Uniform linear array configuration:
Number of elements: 12
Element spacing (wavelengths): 1
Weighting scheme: hamming
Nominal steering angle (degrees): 60
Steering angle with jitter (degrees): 59.629
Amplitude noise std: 0.05
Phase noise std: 0.05

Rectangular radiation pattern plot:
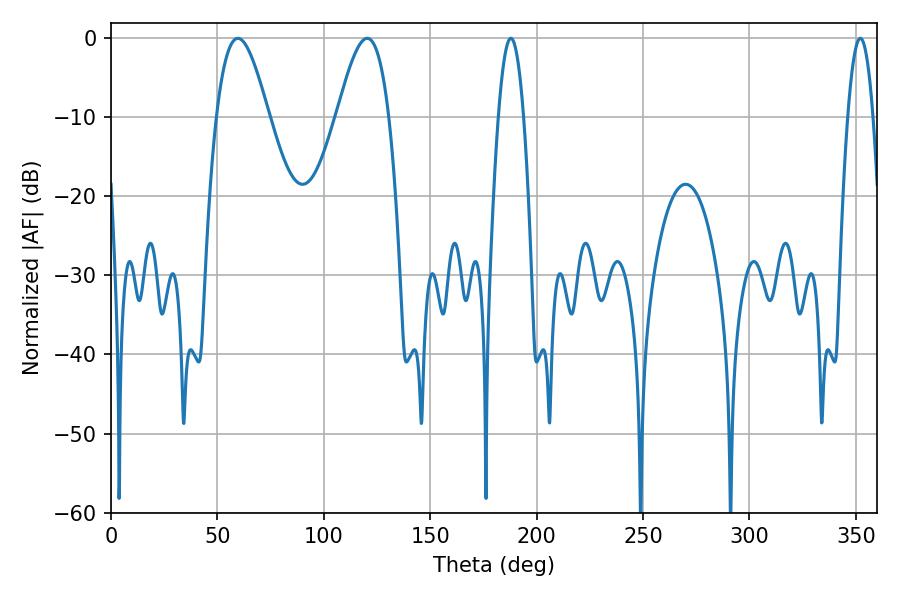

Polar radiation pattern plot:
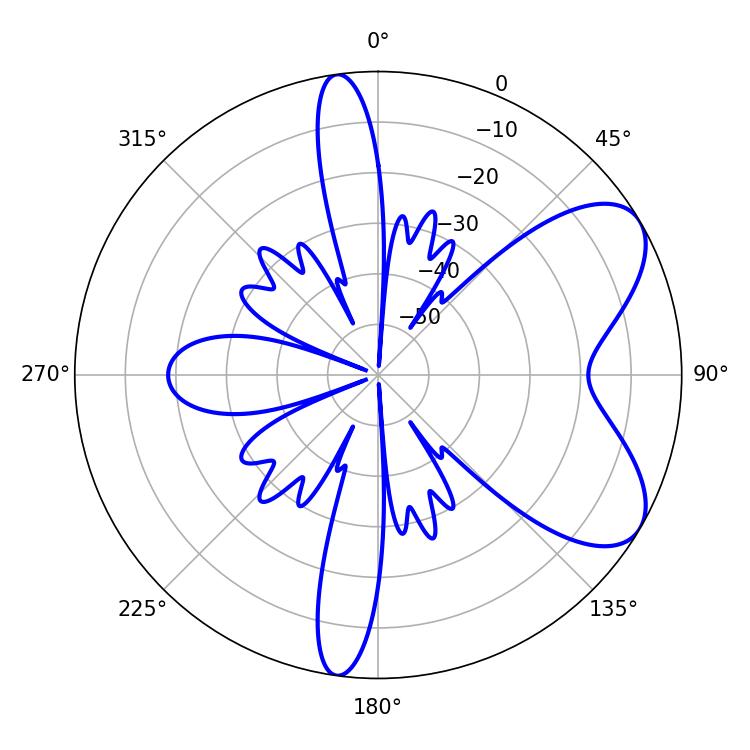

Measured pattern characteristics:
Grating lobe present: TRUE
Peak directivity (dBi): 6.905
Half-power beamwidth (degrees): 13.32
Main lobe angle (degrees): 59.58